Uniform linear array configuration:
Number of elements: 8
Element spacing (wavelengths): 1
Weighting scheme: kaiser
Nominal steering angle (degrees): -15
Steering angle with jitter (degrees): -14.459
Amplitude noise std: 0.05
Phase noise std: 0.05

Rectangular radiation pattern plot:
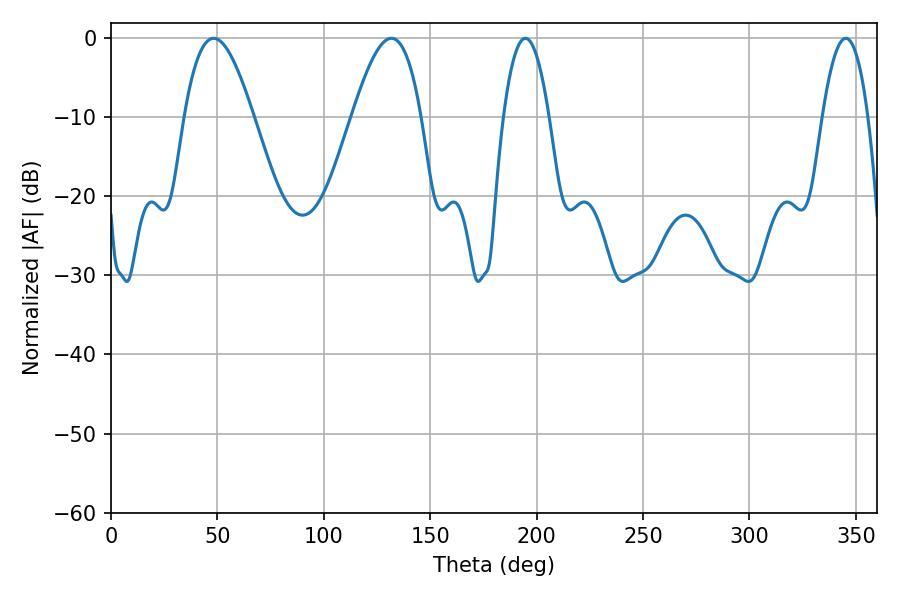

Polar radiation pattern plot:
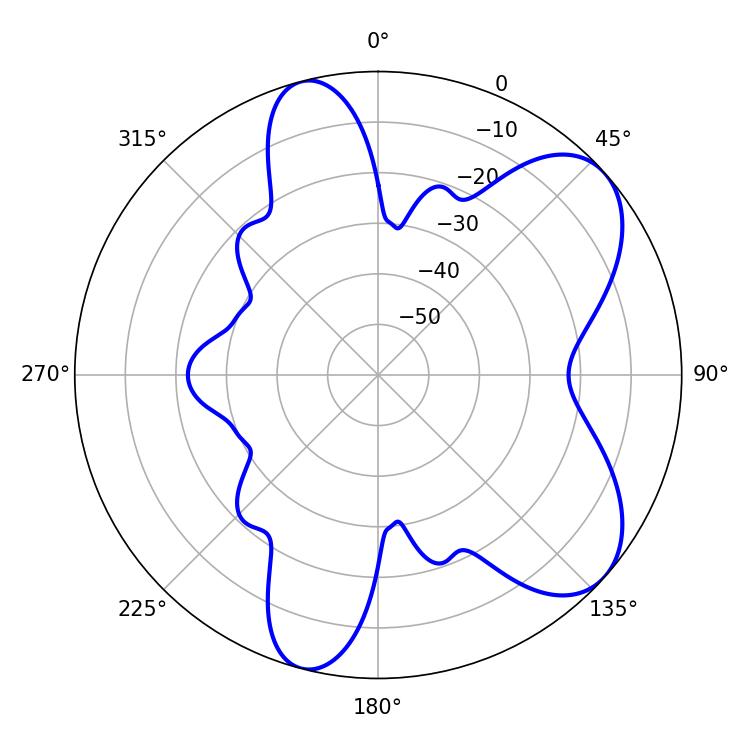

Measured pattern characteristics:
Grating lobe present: TRUE
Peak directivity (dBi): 7.093
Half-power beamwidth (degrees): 17.64
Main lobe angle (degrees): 131.76